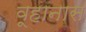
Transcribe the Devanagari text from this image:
वूहानास